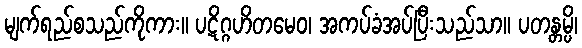
မျက်ရည်စသည်ကိုကား။ ပဋိဂ္ဂဟိတမေဝ၊ အကပ်ခံအပ်ပြီးသည်သာ။ ပတန္တမ္ပိ၊